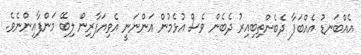
އެއްބަނޑު އެއްބަފާ ދެބެންތިބިއިރު ދެބެން ވެސް އުޅެމުން އަންނަނީ އެވިޔަފާރިން ލިބޭ މަންފާއިންނެވެ.